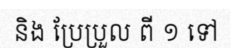
និង ប្រែប្រួល ពី ១ ទៅ